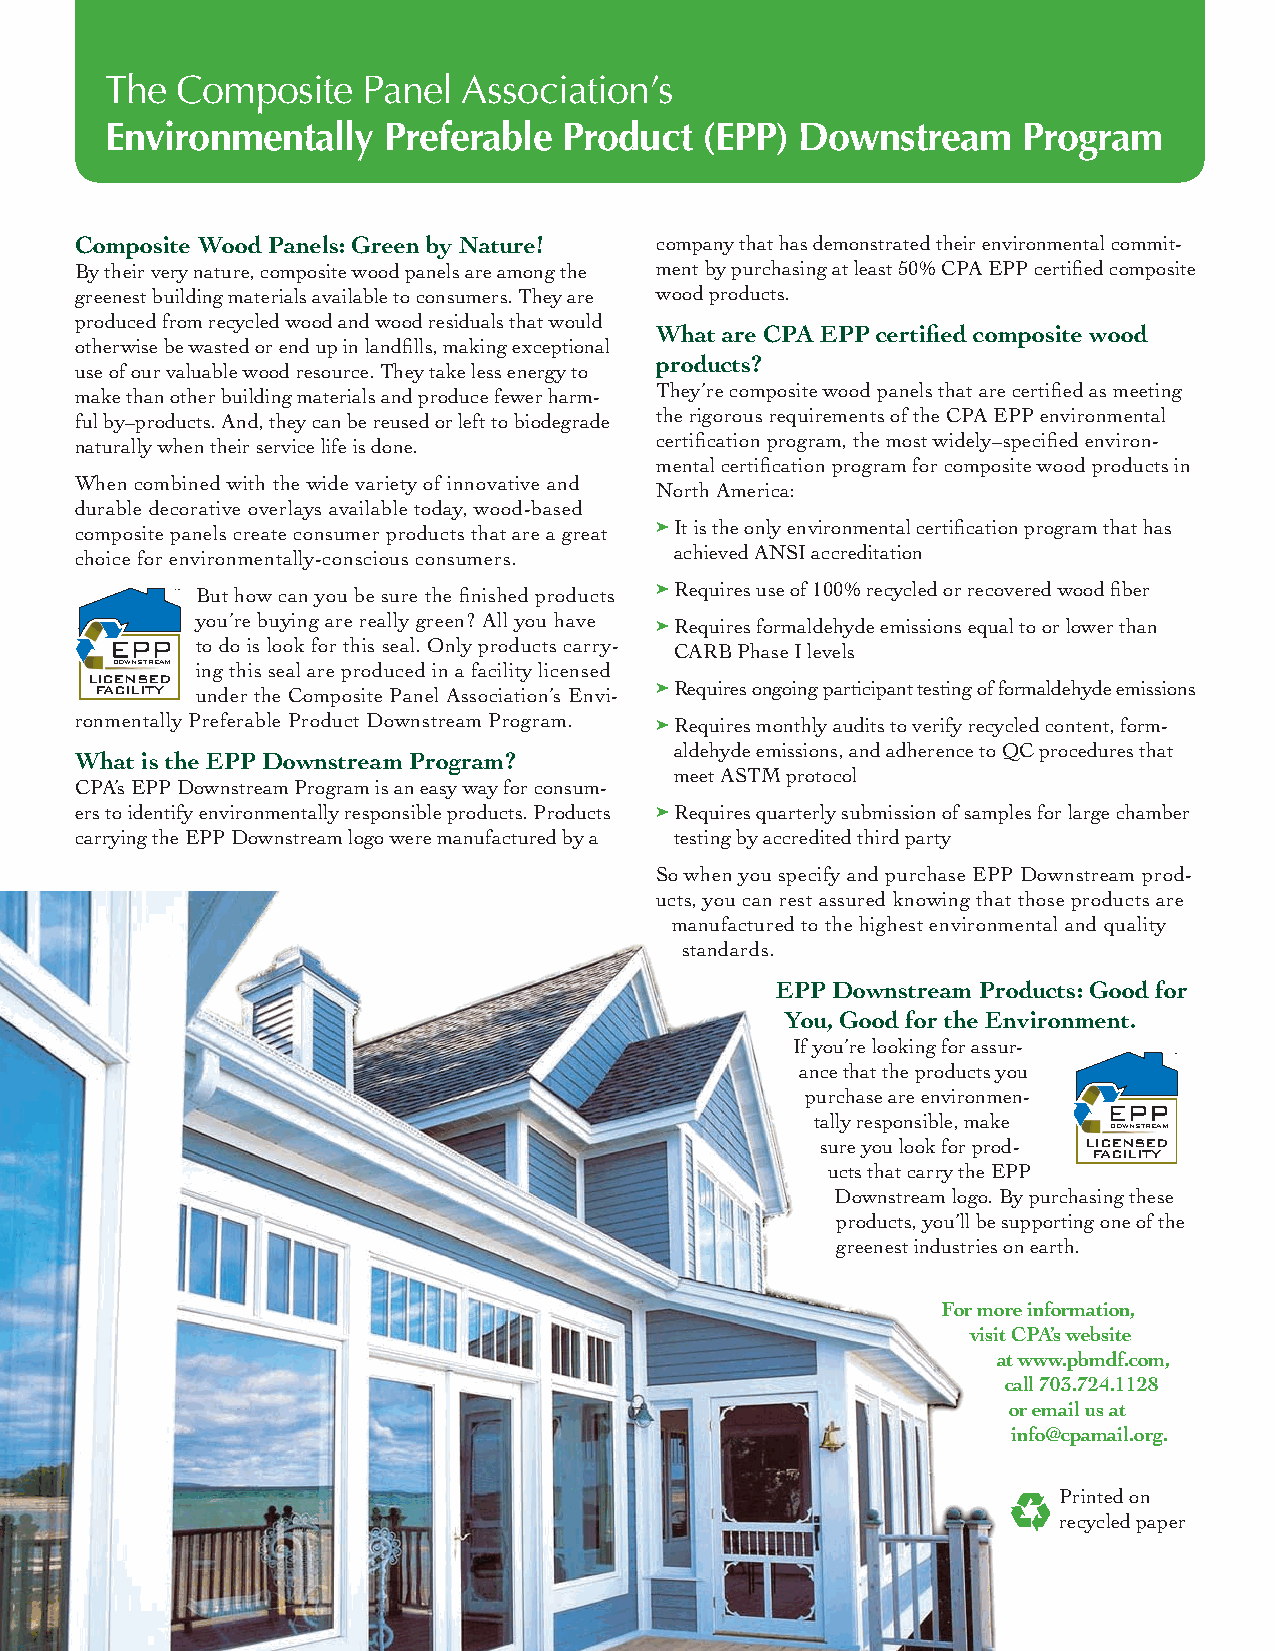
The  Composite   Panel  Association’s
 Environmentally   Preferable  Product  (EPP)  Downstream     Program
 Composite Wood Panels: Green by Nature! company that has demonstrated their environmental commit-
 By their very nature, composite wood panels are among the ment by purchasing at least 50% CPA EPP certified composite
 greenest building materials available to consumers. They are wood products.
 produced from recycled wood and wood residuals that would
 What are CPA EPP certified composite wood
 otherwise be wasted or end up in landfills, making exceptional
 products?
 use of our valuable wood resource. They take less energy to
 make than other building materials and produce fewer harm- They’re composite wood panels that are certified as meeting
 ful by–products. And, they can be reused or left to biodegrade the rigorous requirements of the CPA EPP environmental
 naturally when their service life is done. certification program, the most widely–specified environ-
 mental certification program for composite wood products in
 When combined with the wide variety of innovative and
 North America:
 durable decorative overlays available today, wood-based
 composite panels create consumer products that are a great ➤ I t is the only environmental certification program that has
 choice for environmentally-conscious consumers. achieved ANSI accreditation
 But how can you be sure the finished products ➤ R equires use of 100% recycled or recovered wood fiber
 you’re buying are really green? All you have ➤ R equires formaldehyde emissions equal to or lower than
 to do is look for this seal. Only products carry- CARB Phase I levels
 DOWNSTREAM ing this seal are produced in a facility licensed
 LICENSED
 FACILITY under the Composite Panel Association’s Envi- ➤ R equires ongoing participant testing of formaldehyde emissions
 ronmentally Preferable Product Downstream Program. ➤ R equires monthly audits to verify recycled content, form-
 aldehyde emissions, and adherence to QC procedures that
 What is the EPP Downstream Program?
 meet ASTM protocol
 CPA’s EPP Downstream Program is an easy way for consum-
 ers to identify environmentally responsible products. Products ➤ R equires quarterly submission of samples for large chamber
 carrying the EPP Downstream logo were manufactured by a testing by accredited third party
 So when you specify and purchase EPP Downstream prod-
 ucts, you can rest assured knowing that those products are
 manufactured to the highest environmental and quality
 standards.
 EPP Downstream Products: Good for
 You, Good for the Environment.
 If you’re looking for assur-
 ance that the products you
 purchase are environmen-
 tally responsible, make
 DOWNSTREAM
 sure you look for prod- LICENSED
 FACILITY
 ucts that carry the EPP
 Downstream logo. By purchasing these
 products, you’ll be supporting one of the
 greenest industries on earth.
 For more information,
 visit CPA’s website
 at www.pbmdf.com,
 call 703.724.1128
 or email us at
 info@cpamail.org.
 Printed on
 recycled paper